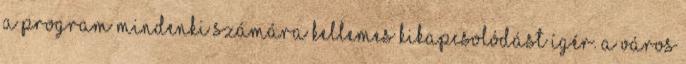
a program mindenki számára kellemes kikapcsolódást ígér. A Város